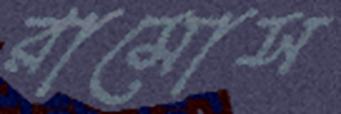
রামোস